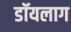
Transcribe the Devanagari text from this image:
डॉयलाग